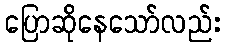
ပြောဆိုနေသော်လည်း